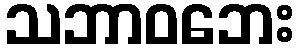
သဘာဝဘေး